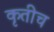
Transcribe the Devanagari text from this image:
कृतीच